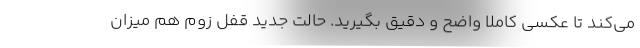
می‌کند تا عکسی کاملا واضح و دقیق بگیرید. حالت جدید قفل زوم هم میزان